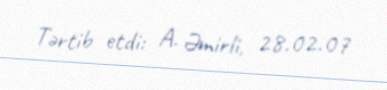
Tərtib etdi: A. Əmirli, 28.02.07